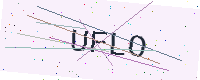
Text: UFLO